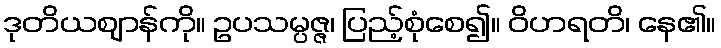
ဒုတိယဈာန်ကို။ ဥပသမ္ပဇ္ဇ၊ ပြည့်စုံစေ၍။ ဝိဟရတိ၊ နေ၏။